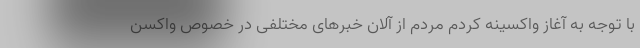
با توجه به آغاز واکسینه کردم مردم از آلان خبرهای مختلفی در خصوص واکسن